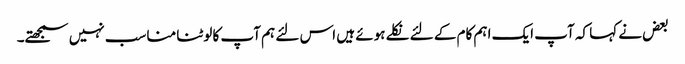
بعض نے کہا کہ آپ ایک اہم کام کے لئے نکلے ہوئے ہیں اس لئے ہم آپ کا لوٹنا مناسب نہیں سمجھتے۔